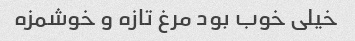
خیلی خوب بود مرغ تازه و خوشمزه